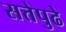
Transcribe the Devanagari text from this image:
सत्तेपुढे